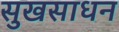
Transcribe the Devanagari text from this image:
सुखसाधन